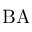
\mathrm { B A }